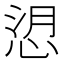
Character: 𢚑